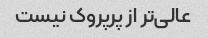
عالی‌تر از پرپروک نیست